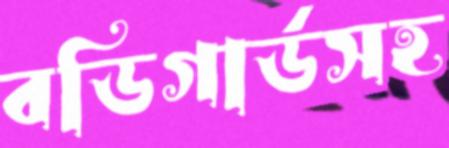
বডিগার্ডসহ